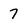
Character: 7